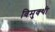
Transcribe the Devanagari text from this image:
विमुक्थी